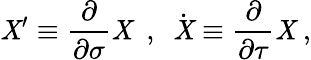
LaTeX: \mathit{X}^{\prime}\equiv\frac{{\partial}}{{\partial\sigma}}\mathit{X}\ \ ,\ \ \dot{{\mathit{X}}}\equiv\frac{{\partial}}{{\partial\tau}}\mathit{X}\ ,